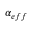
\alpha _ { e f f }